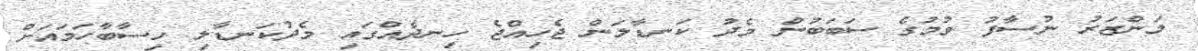
މަންޒަރު ނުސާފު ވުމުގެ ސަބަބުން މެދު ކަނޑާލަން ޖެހިއްޖެ ހިނދެއްގައި މެދުކަނޑާލި ހިސާބާހަމައަށް